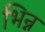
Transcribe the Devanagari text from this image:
भिन्न